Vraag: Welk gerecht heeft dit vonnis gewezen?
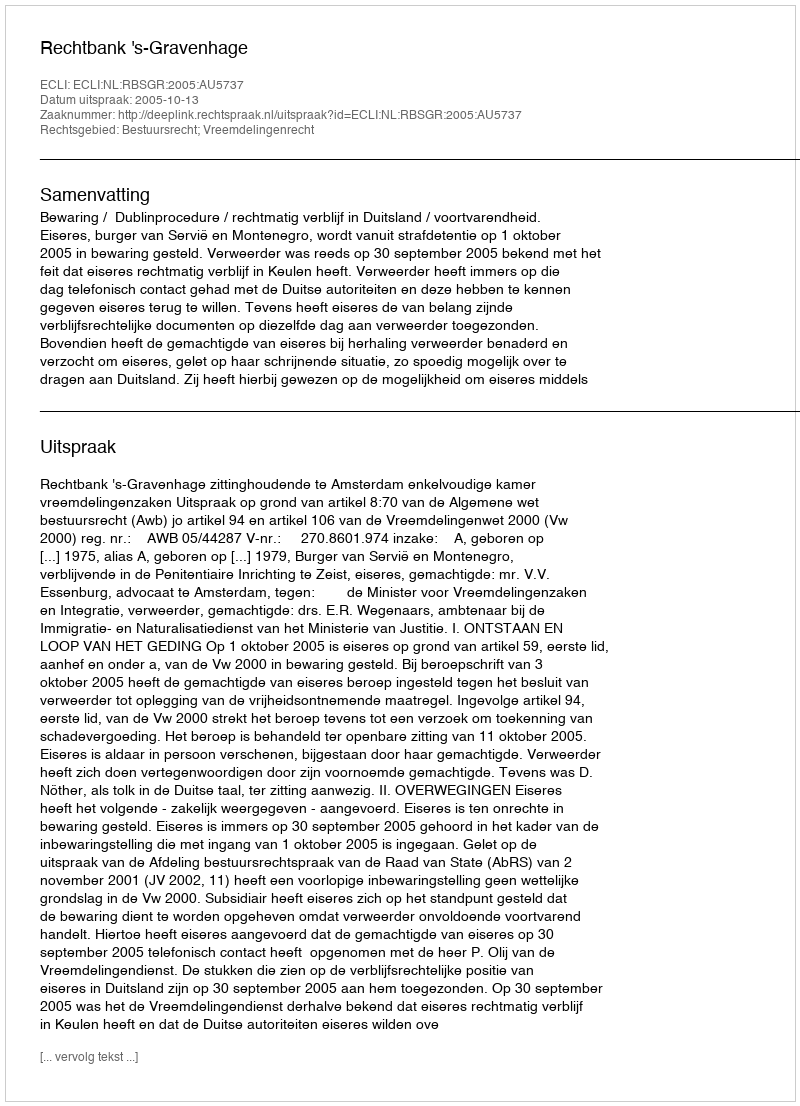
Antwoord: Rechtbank 's-Gravenhage